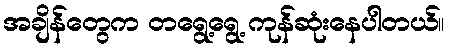
အချိန်တွေက တရွေ့ရွေ့ ကုန်ဆုံးနေပါတယ်။